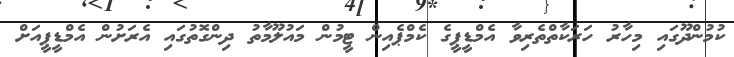
ކުމުންދޫގައި މިހާރު ހަރަކާތްތެރިވާ އެމްޑީޕީގެ ކެމްޕެއިން ޓީމުން މައުލޫމާތު ދިންގޮތުގައި އެރަށުން އެމްޑީޕީއަށް